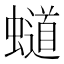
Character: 𧒴